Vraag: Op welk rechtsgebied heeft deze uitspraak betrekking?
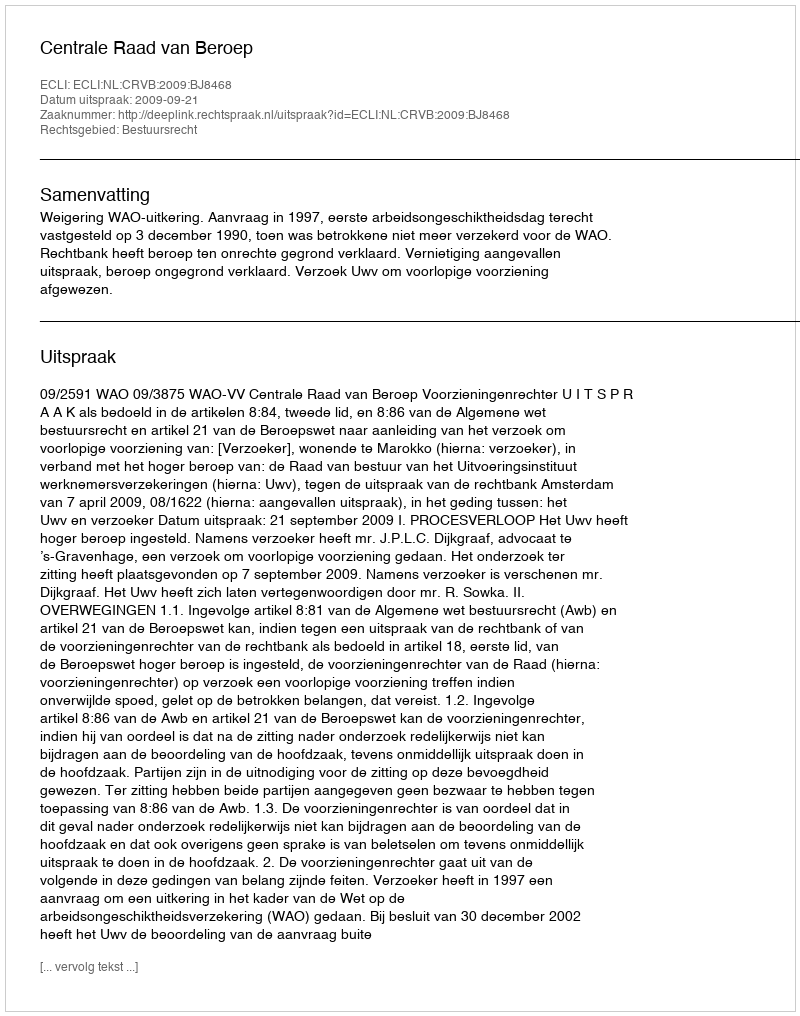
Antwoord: Bestuursrecht